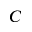
C